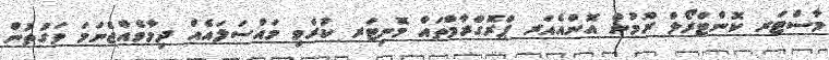
މާސްޓަރ ކޮންޓްރޯލް ރޫމުން އޮންއެއަރ ޕްރޮގްރާމްތައް މޮނިޓަރ ކުރެވި މައްސަލައެއް ދިމާވެއްޖެނަމަ ވަގުތުން